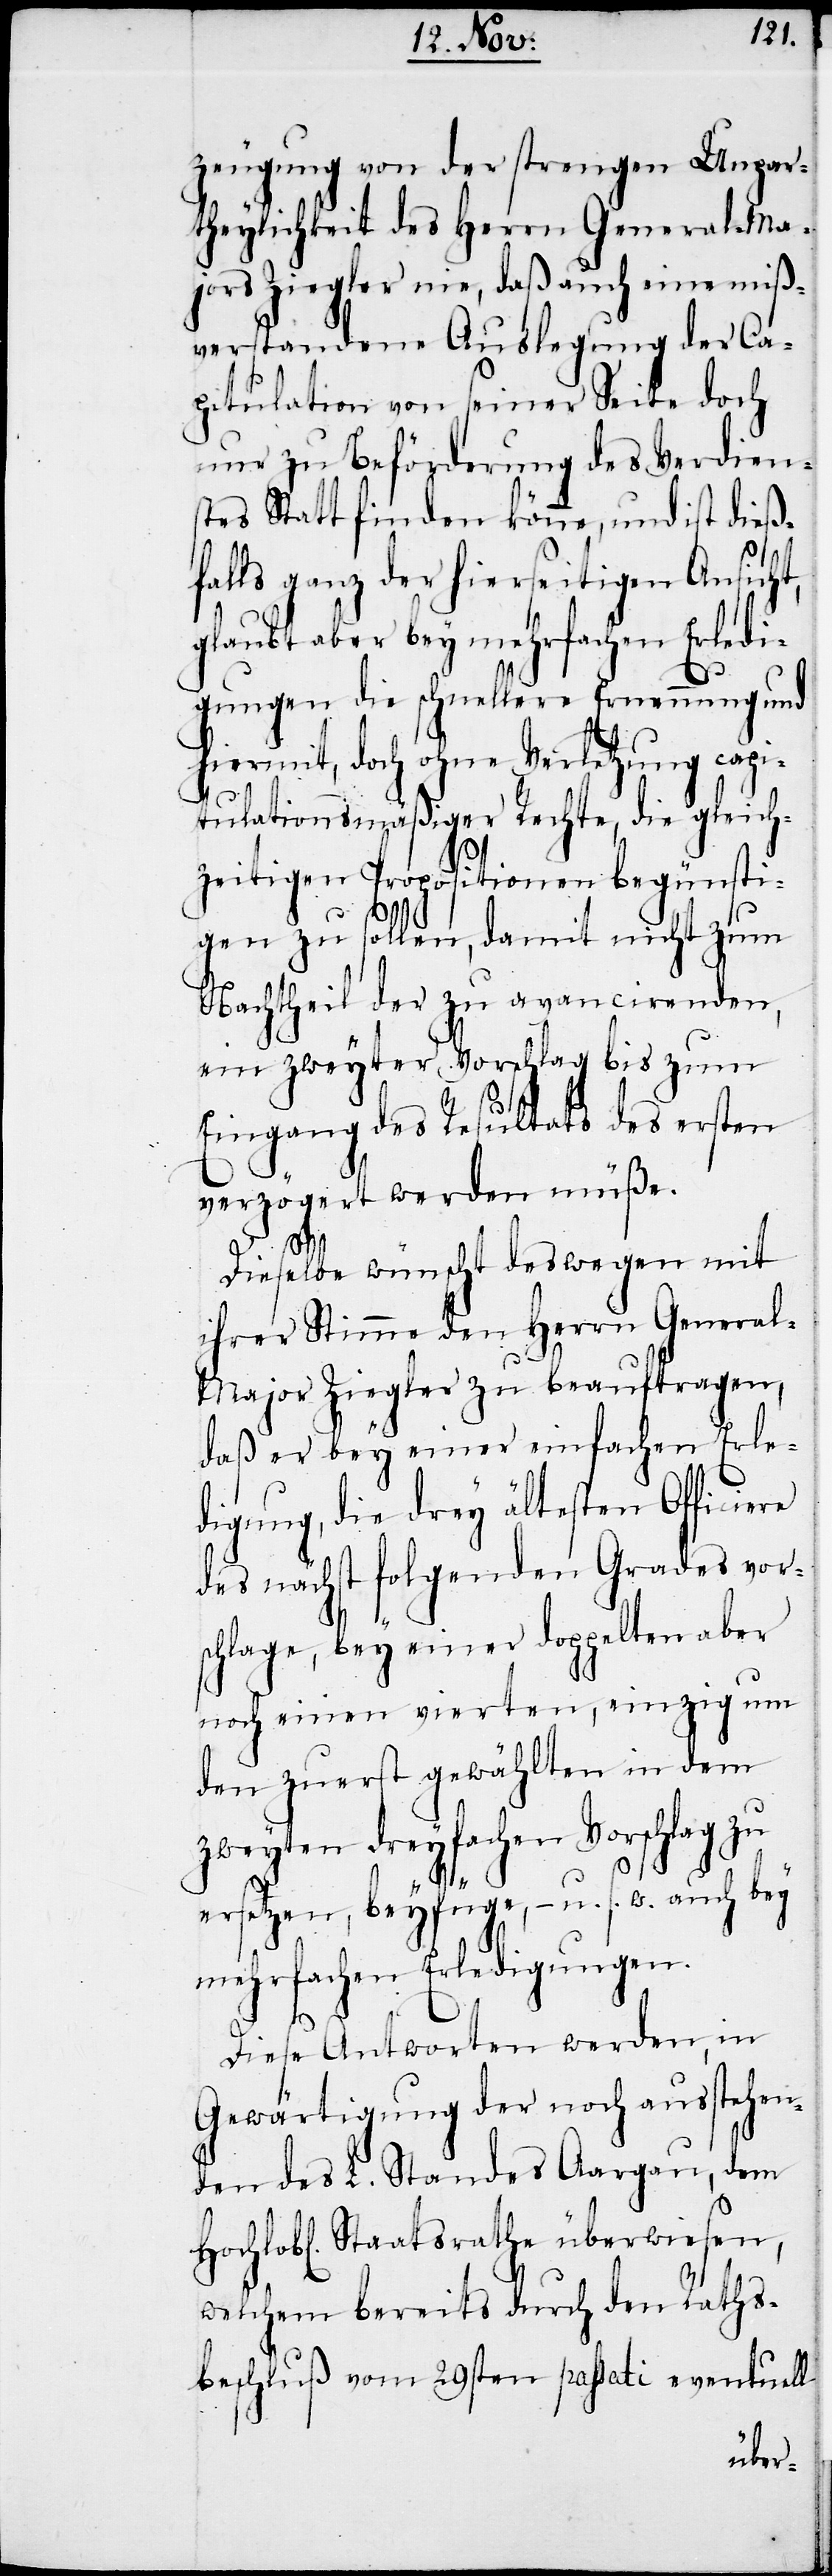
zeugung von der strengen Unpar¬
theylichkeit des Herrn General-Ma¬
jors Ziegler nie, daß auch eine miß¬
verstandene Auslegung der Ca¬
pitulation von seiner Seite doch
nur zu Beförderung des Verdien¬
stes Statt finden könne, und ist dieß¬
falls ganz der hierseitigen Ansicht,
glaubt aber bey mehrfachen Erledi¬
gungen die schnellere Ernennung und
hiermit, doch ohne Verletzung capi¬
tulationsmäßiger Rechte, die gleich¬
zeitigen Propositionen begünsti¬
gen zu sollen, damit nicht zum
Nachtheil der zu avancirenden,
ein zweyter Vorschlag bis zum
Eingang des Resultats des ersten
verzögert werden müße.
Hochlob[l¬
Dieselbe wünscht deswegen mit
ihrer Stimme den Herrn General-M¬
ajor Ziegler zu beauftragen,
daß er bey einer einfachen Erle¬
digung, die drey ältesten Officiere
des nächst folgenden Grades vor¬
schlage, bey einer doppelten aber
noch einen vierten, einzig um
den zuerst gewählten in dem
zweyten dreyfachen Vorschlag zu
ersetzen, beyfüge, − u. s. w. auch bey
mehrfachen Erledigungen.
Diese Antworten werden, in
Gewärtigung der noch ausstehen¬
den des L. Standes Aargau, dem
ichen] Staatsrathe überwiesen,
welchem bereits durch den Raths¬
beschluß vom 29sten passati eventuell